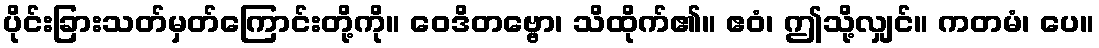
ပိုင်းခြားသတ်မှတ်ကြောင်းတို့ကို။ ဝေဒိတဗ္ဗော၊ သိထိုက်၏။ ဧဝံ၊ ဤသို့လျှင်။ ကတမံ၊ ပေ။